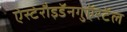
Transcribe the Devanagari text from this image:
ऐस्टेरौइडॅनगुऍरटॅल